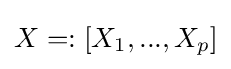
X=:[X_{1},...,X_{p}]